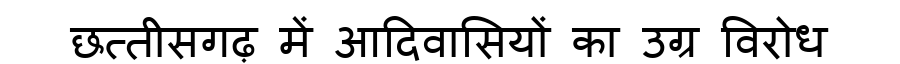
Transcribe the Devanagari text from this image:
छत्तीसगढ़ में आदिवासियों का उग्र विरोध